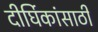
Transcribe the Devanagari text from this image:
दीर्घिकांसाठी